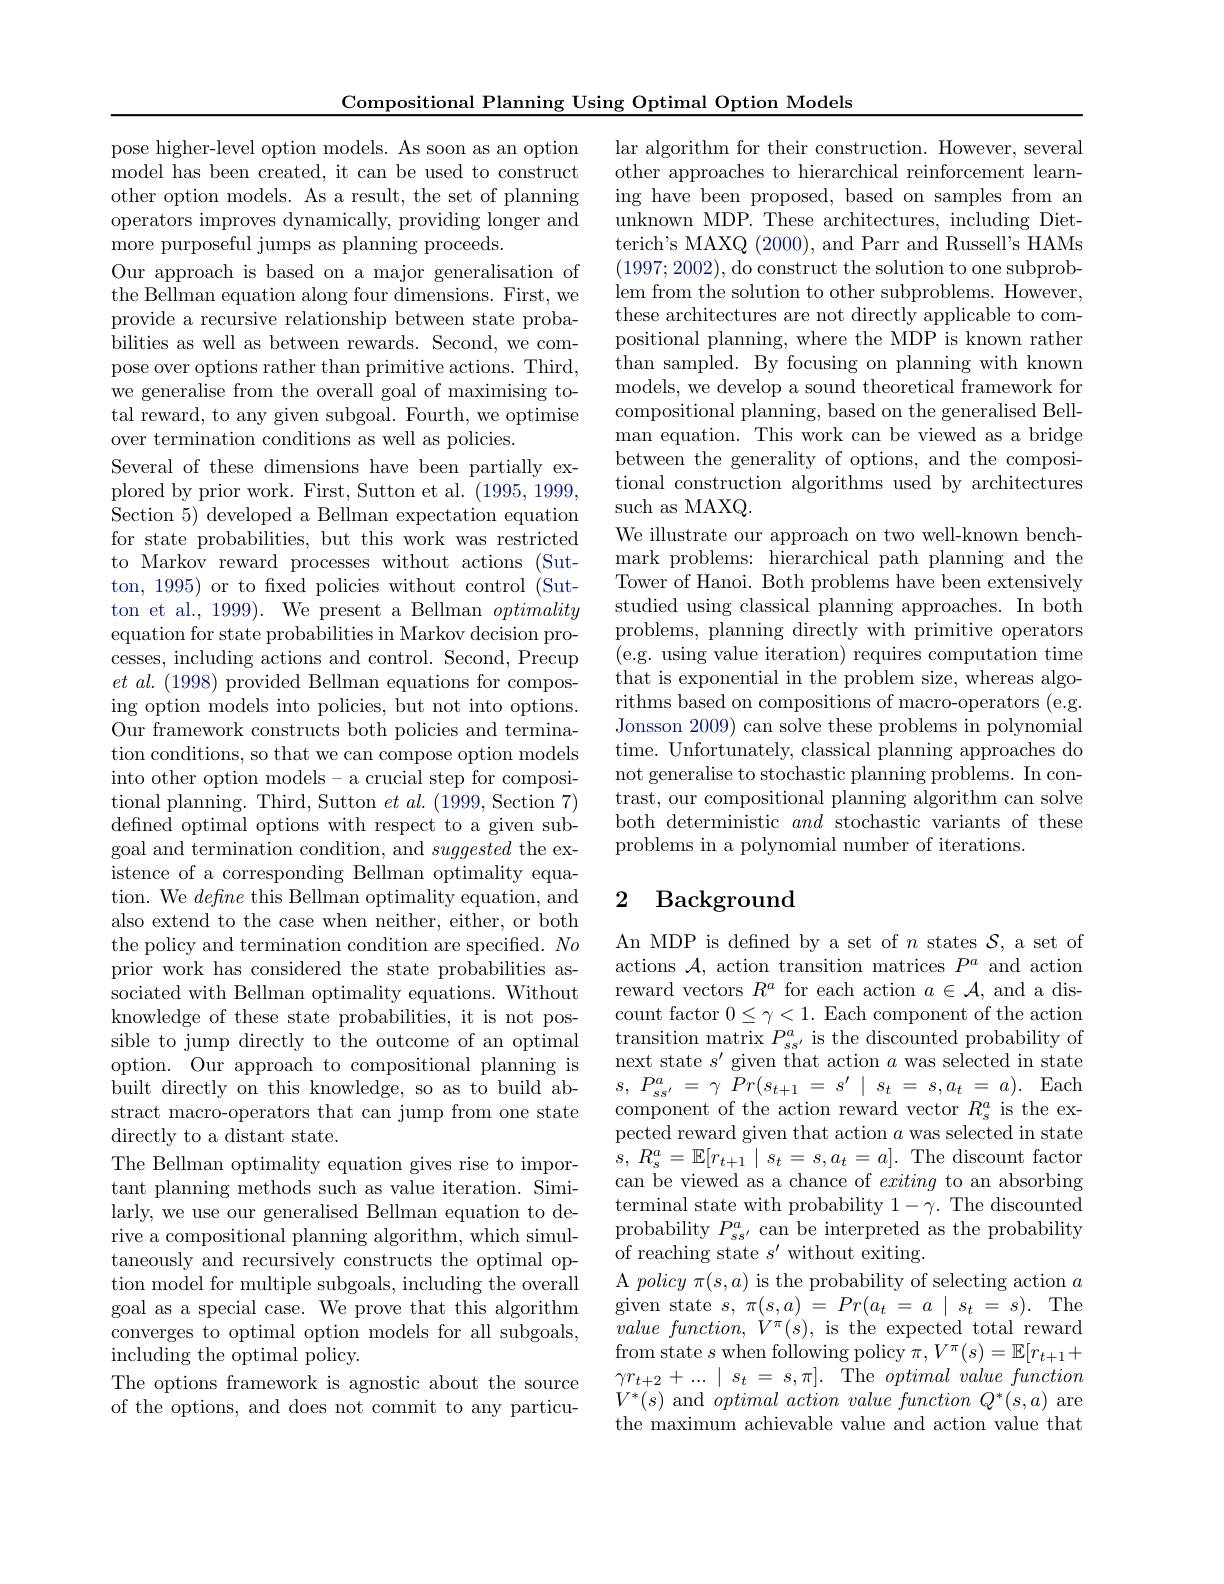
Compositional Planning Using Optimal Option Models

pose higher-level option models. As soon as an option model has been created, it can be used to construct other option models. As a result, the set of planning operators improves dynamically, providing longer and more purposeful jumps as planning proceeds.
Our approach is based on a major generalisation of the Bellman equation along four dimensions. First, we provide a recursive relationship between state probabilities as well as between rewards. Second, we compose over options rather than primitive actions. Third, we generalise from the overall goal of maximising total reward, to any given subgoal. Fourth, we optimise over termination conditions as well as policies.
Several of these dimensions have been partially explored by prior work. First, Sutton et al. (1995,1999, Section 5) developed a Bellman expectation equation for state probabilities, but this work was restricted to Markov reward processes without actions (Sutton, 1995) or to fixed policies without control (Sutton et al., 1999). We present a Bellman optimality equation for state probabilities in Markov decision processes, including actions and control. Second, Precup $et$ $al.$ (1998) $\bar{\text{provided Bellman equations for compos- }}$ ing option models into policies, but not into options. Our framework constructs both policies and termination conditions, so that we can compose option models into other option models- a crucial step for compositional planning. Third, Sutton $et\textit{al. ( 1999, Section }7)$ defined optimal options with respect to a given subgoal and termination condition, and suggested the existence of a corresponding Bellman optimality equation. We define this Bellman optimality equation, and also extend to the case when neither, either, or both the policy and termination condition are specified. $No$ prior work has considered the state probabilities associated with Bellman optimality equations. Without knowledge of these state probabilities, it is not possible to jump directly to the outcome of an optimal option. Our approach to compositional planning is built directly on this knowledge, so as to build abstract macro-operators that can jump from one state ${\mathrm{directly~to~a~distant~state.}}$
The Bellman optimality equation gives rise to important planning methods such as value iteration. Similarly, we use our generalised Bellman equation to derive a compositional planning algorithm, which simultaneously and recursively constructs the optimal option model for multiple subgoals, including the overall goal as a special case. We prove that this algorithm converges to optimal option models for all subgoals, including the optimal policy.
The options framework is agnostic about the source of the options, and does not commit to any particu-

lar algorithm for their construction. However, several other approaches to hierarchical reinforcement learning have been proposed, based on samples from an unknown MDP. These architectures, including Dietterich's MAXQ (2000), and Parr and Russell's HAMs (1997;2002),do construct the solution to one subproblem from the solution to other subproblems. However, these architectures are not directly applicable to compositional planning, where the MDP is known rather $\dot{\text{than sampled. By focusing on planning with known}}$ models, we develop a sound theoretical framework for compositional planning, based on the generalised Bellman equation. This work can be viewed as a bridge between the generality of options, and the compositional construction algorithms used by architectures such as MAXQ.
We illustrate our approach on two well-known benchmark problems: hierarchical path planning and the Tower of Hanoi. Both problems have been extensively studied using classical planning approaches. In both problems, planning directly with primitive operators (e.g. using value iteration) requires computation time that is exponential in the problem size, whereas algorithms based on compositions of macro-operators (e.g. Jonsson 2009) can solve these problems in polynomial time. Unfortunately, classical planning approaches do not generalise to stochastic planning problems. In contrast, our compositional planning algorithm can solve both deterministic and stochastic variants of these problems in a polynomial number of iterations

## 2 Background

An MDP is defined by a set of $n$ states $\mathcal{S}$, a set of actions $\mathcal{A}$, action transition matrices $P^a$ and action reward vectors $R^a$ for each action $a\in\mathcal{A}$, and a discount factor $0\leq\gamma<1.$ Each component of the action transition matrix $P_{ss^{\prime}}^a$ is the discounted probability of next state $s^\prime$ given that action $a$ was selected in state $s$, $P_{ss^{\prime }}^a$ = $\gamma$ $Pr( s_{t+ 1}$ = $s^{\prime }$ | $s_t$ = $s, a_t$ = $a) .$ Each component of the action reward vector $R_s^{a}$ is the expected reward given that action $a$ was selected in state $s$, $R_{s}^{a}= \mathbb{E} [ r_{t+ 1}\mid s_{t}= s, a_{t}= a] .$The discount factor can be viewed as a chance of exiting to an absorbing terminal state with probability $1-\gamma.$ The discounted probability $P_{ss^{\prime}}^{a}$ can be interpreted as the probability of reaching state $s^\prime$ without exiting.
A policy $\pi ( s, a)$ is the probability of selecting action $a$ given state $s$, $\pi ( s, a)$ = $Pr( a_{t}$ = $a$ | $s_{t}$ = $s) .$The $valuefunction,V^{\pi}(s)$, is the expected total reward from state $s$ when following policy $\pi,V^\pi(s)=\mathbb{E}[r_{t+1}+$ $\gamma r_{t+ 2}+ \ldots | s_{t}= s, \pi ] .$ Theoptimalvaluefunction $V^{*}(s)$ and $optimal\textit{action value function Q}^{*}(s,a)$ are the maximum achievable value and action value that